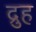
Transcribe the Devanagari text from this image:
द्रुह